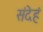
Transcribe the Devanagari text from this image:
संदेहं